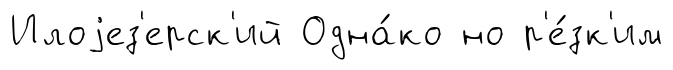
Илоjез'ерск'ий Одна́ко но р'е́зк'им